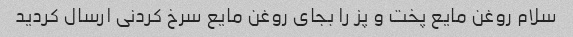
سلام روغن مایع پخت و پز را بجای روغن مایع سرخ کردنی ارسال کردید